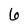
Character: 6